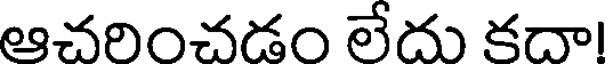
ఆచరించడం లేదు కదా!